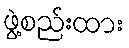
ဖွဲ့စည်းထား